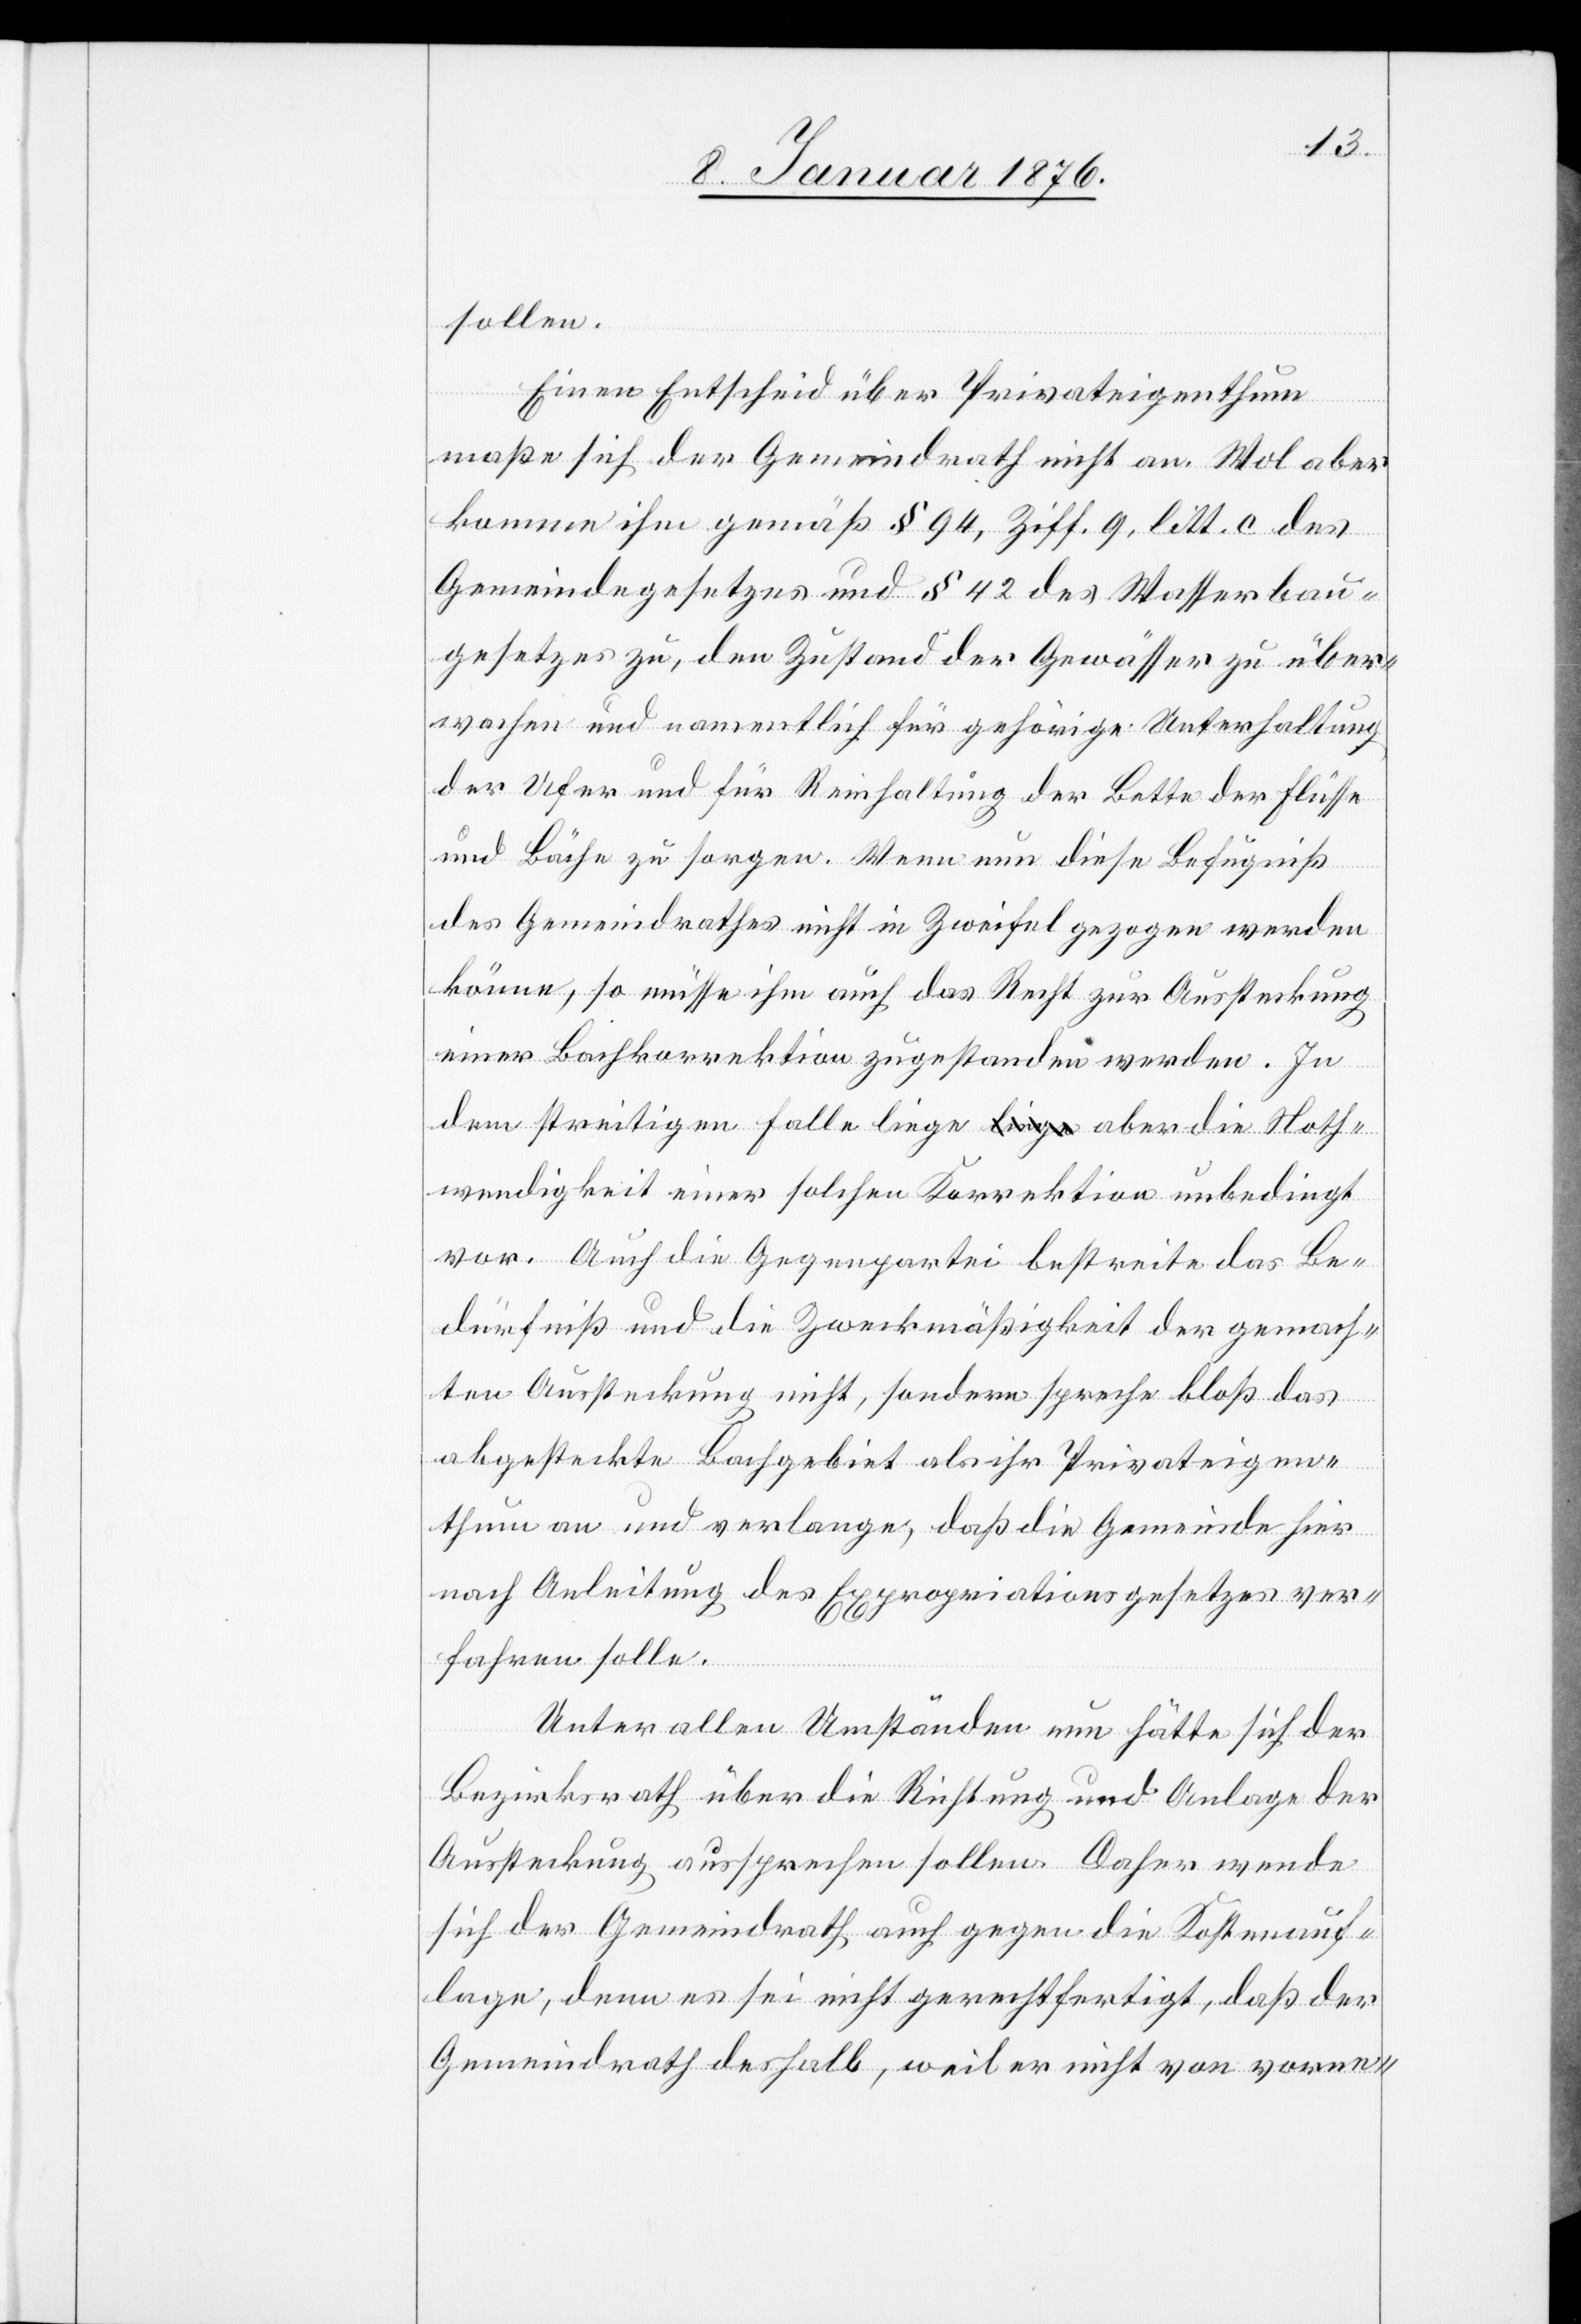
sollen.
Einen Entscheid über Privateigenthum
maße sich der Gemeindrath nicht an. Wol aber
kommen ihm gemäß § 94, Ziff. 9, litt. c des
Gemeindegesetzes und § 42 des Wasserbau¬
gesetzes zu, den Zustand der Gewässer zu über¬
wachen und namentlich für gehörige Unterhaltung
der Ufer und für Reinhaltung der Bette der Flüsse
und Bäche zu sorgen. Wenn nun diese Befugniß
des Gemeindrathes nicht in Zweifel gezogen werden
könne, so müsse ihm auch das Recht zur Aussteckung
einer Bachkorrektion zugestanden werden. In
dem streitigen Falle liege aber die Noth¬
wendigkeit einer solchen Korrektion unbedingt
vor. Auch die Gegenpartei bestreite das Be¬
dürfniß und die Zweckmäßigkeit der gemach¬
ten Aussteckung nicht, sondern spreche bloß das
abgesteckte Bachgebiet als ihr Privateigen¬
thum an und verlange, daß die Gemeinde hier
nach Anleitung des Expropriationsgesetzes ver¬
fahren solle.
Unter allen Umständen nun hätte sich der
Bezirksrath über die Richtung und Anlage der
Aussteckung aussprechen sollen. Daher wende
sich der Gemeindrath auch gegen die Kostenauf¬
lage, denn es sei nicht gerechtfertigt, daß der
Gemeindrath deshalb, weil er nicht von vorne-